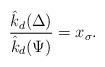
LaTeX: \begin{align*}\dfrac{\hat{k}_d(\Delta)}{\hat{k}_d(\Psi)}=x_\sigma.\end{align*}